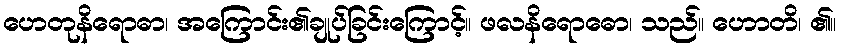
ဟေတုနိရောဓာ၊ အကြောင်း၏ချုပ်ခြင်းကြောင့်။ ဖလနိရောဓော၊ သည်။ ဟောတိ၊ ၏။